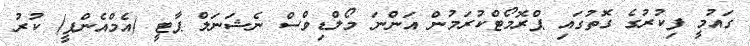
ގައުމީ ފިކުރުގެ ގޮތުގައި ޕްރޮމޯޓްކުރަމުން އަންނަ މޯލްޑިވްސް ނެޝަނަލް ޕާޓީ (އެމްއެންޕީ) ކުރު